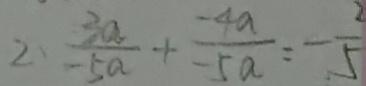
2 、 \frac { 3 a } { - 5 a } + \frac { - 4 a } { - 5 a } = - \frac { 2 } { 5 }